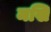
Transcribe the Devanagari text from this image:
मखि